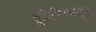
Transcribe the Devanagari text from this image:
तुविशिष्मस्तृप्त्